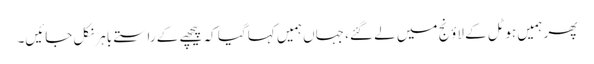
پھر ہمیں ہوٹل کے لاؤنج میں لے گئے، جہاں ہمیں کہا گیا کہ پیچھے کے راستے باہر نکل جائیں۔